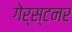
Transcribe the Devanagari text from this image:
गेर्स्टनर